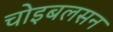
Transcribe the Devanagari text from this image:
चोइबलसन